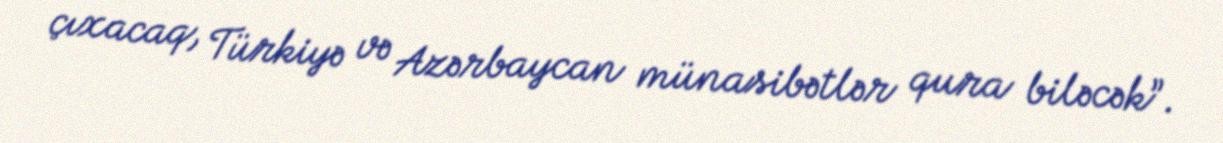
çıxacaq, Türkiyə və Azərbaycan münasibətlər qura biləcək”.